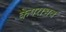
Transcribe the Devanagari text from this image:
केपराभव